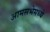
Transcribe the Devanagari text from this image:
आमसभेमध्ये